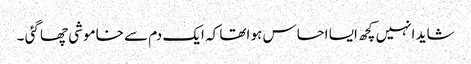
شاید انہیں کچھ ایسا احساس ہو اتھا کہ ایک دم سے خاموشی چھا گئی ۔